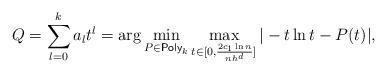
LaTeX: \begin{align*}Q = \sum_{l=0}^k a_lt^l = \arg\min_{P\in \mathsf{Poly}_k} \max_{t\in [0,\frac{2c_1\ln n}{nh^d}]} |-t\ln t-P(t)|,\end{align*}